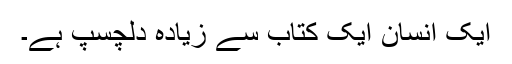
ایک انسان ایک کتاب سے زیادہ دلچسپ ہے۔